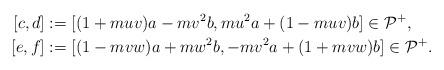
LaTeX: \begin{align*} [c,d] &:= [(1+muv)a -mv^2b, mu^2a+(1-muv)b ] \in \mathcal P^+, \\ [e,f] & :=[(1-mvw)a+ mw^2b, -mv^2a+( 1+mvw)b] \in \mathcal P^+ .\end{align*}